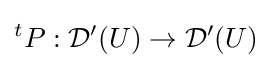
{}^{t}P:{\mathcal {D}}'(U)\to {\mathcal {D}}'(U)